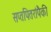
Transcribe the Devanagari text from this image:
सप्तपितरांपैकी